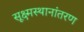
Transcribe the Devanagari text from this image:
सूक्ष्मस्थानांतरण